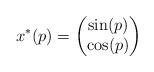
LaTeX: \begin{align*} x^*(p) = \begin{pmatrix} \sin (p) \\ \cos (p) \\ \end{pmatrix}\end{align*}